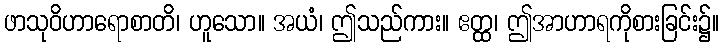
ဖာသုဝိဟာရောစာတိ၊ ဟူသော။ အယံ၊ ဤသည်ကား။ ဧတ္ထ၊ ဤအာဟာရကိုစားခြင်း၌။